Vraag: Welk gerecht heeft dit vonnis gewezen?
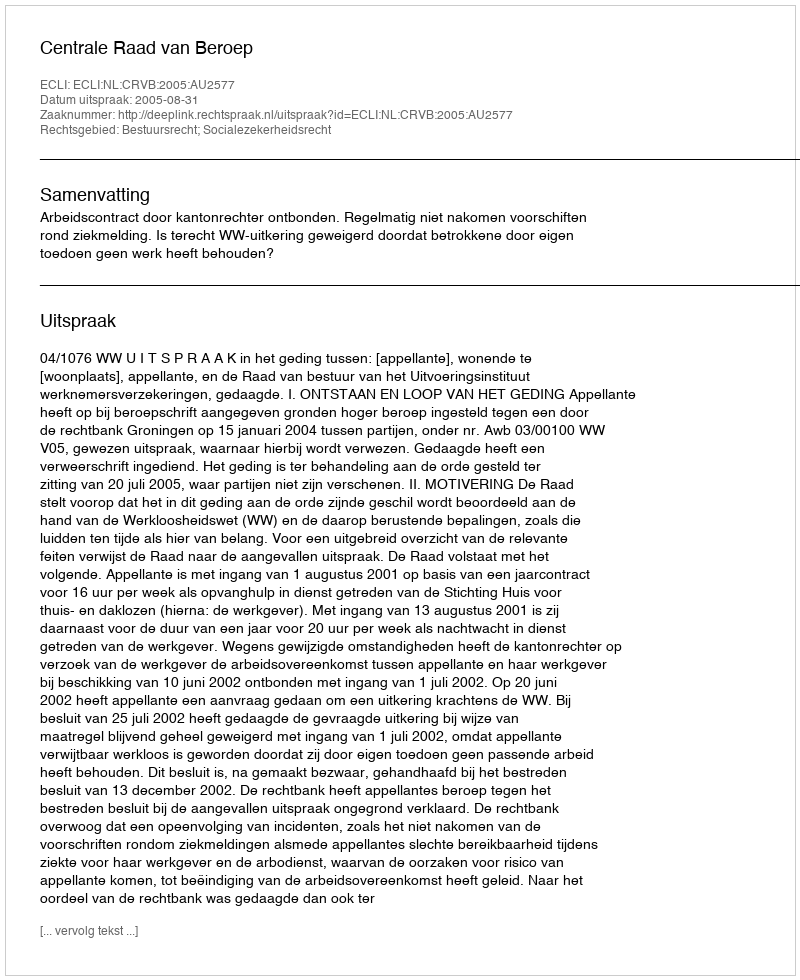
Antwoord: Centrale Raad van Beroep